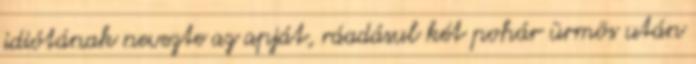
idiótának nevezte az apját, ráadásul két pohár ürmös után